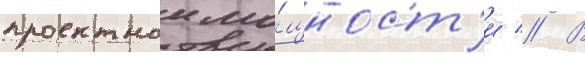
проектнои мо́щност'и // В